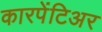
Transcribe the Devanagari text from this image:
कारपेंटिअर